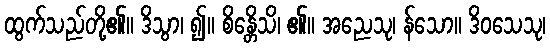
ထွက်သည်တို့၏။ ဒိသွာ၊ ၍။ စိန္တေိသိ၊ ၏။ အညေသု၊ န်သော။ ဒိဝသေသု၊